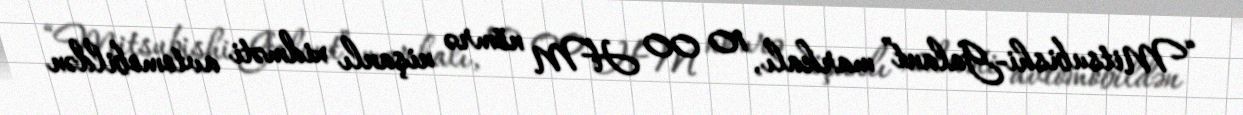
“Mitsubishi-Galant” markalı, 10 00 HM nömrə nişanlı xidməti avtomobildən